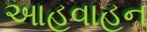
આહવાહન